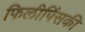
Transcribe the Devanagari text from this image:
फिलीपिंसकी